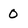
Character: 0